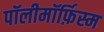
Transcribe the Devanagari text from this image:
पॉलीमॉर्फ़िस्म